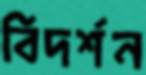
বিদর্শন